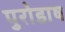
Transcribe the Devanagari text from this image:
पुरोडाष